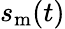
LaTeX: s_{\mathrm{m}}(t)